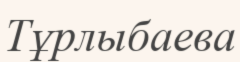
Тұрлыбаева